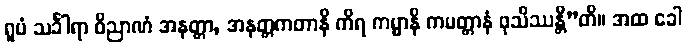
ရူပံ သင်္ခါရာ ဝိညာဏံ အနတ္တာ, အနတ္တကတာနိ ကိရ ကမ္မာနိ ကမတ္တာနံ ဖုသိဿန္တီ”တိ။ အထ ခေါ